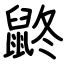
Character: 鼨